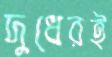
দুধেরই